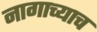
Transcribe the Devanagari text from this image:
नागाच्याच